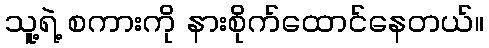
သူ့ရဲ့ စကားကို နားစိုက်ထောင်နေတယ်။